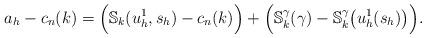
LaTeX: \begin{align*}a_h - c_n(k)=\Big({\mathbb S}_k(u^1_h,s_h)-c_n(k)\Big)+\Big({\mathbb S}_k^\gamma(\gamma)-{\mathbb S}_k^\gamma\big(u_h^1(s_h)\big)\Big).\end{align*}